Civil Veterinary Dept. Assam report 1911-1927 - 1911-1927
Year: 1911
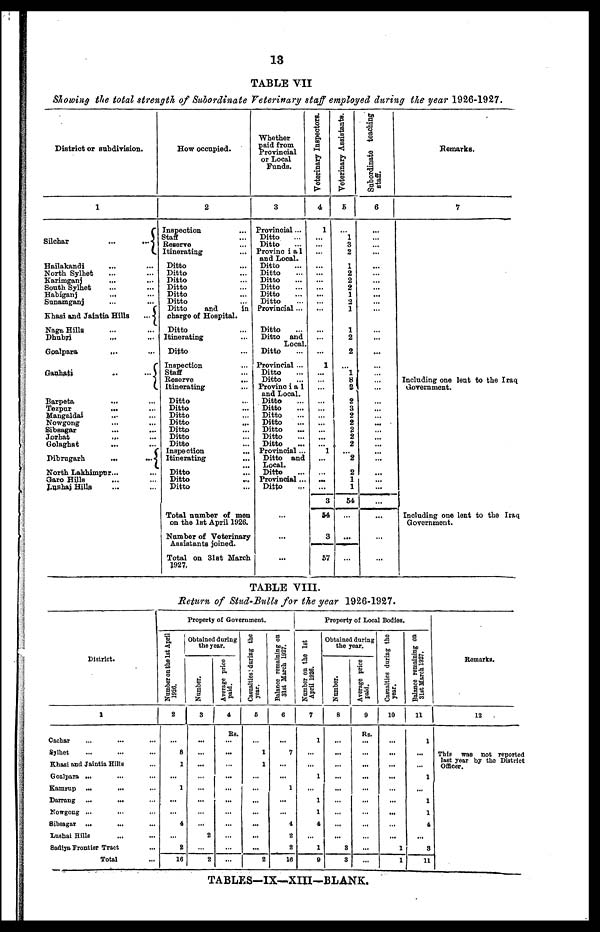
13
TABLE VII
Showing the total strength of Subordinate Veterinary staff employed during the year 1926-1927.
District or subdivision.
1
Silchar
...
...
Hailakandi … …
North Sylhet … …
Karimganj … …
South Sylhet … …
Habiganj
... …
Sanamganj … …
Khasi and Jaintia Hills
...
Naga Hills … …
Dhubri … …
Goalpara … …
Gauhati … …
Barpeta … …
Tezpur … …
Mangaldai … …
Nowgong … …
Sibsagar … …
Jorhat … …
Golaghat
... …
Dibrugarh
...
...
North Lakhimpur... …
Garo Hills … …
Lushai Hills … …
How occupied.
2
Inspecion …
Staff …
Reserve …
Itinerating …
Ditto …
Ditto …
Ditto …
Ditto …
Ditto …
Ditto …
Ditto
and
in
charge of Hospital.
Ditto …
Itinerating …
Ditto …
Inspection …
Staff …
Reserve
...
Itinerating …
Ditto …
Ditto …
Ditto …
Ditto …
Ditto …
Ditto …
Ditto …
Inspection …
Itinerating …
Ditto …
Ditto …
Ditto …
Total number of men
on the 1st April 1926.
Number of Veterinary
Assistants joined.
Total on 31st March
1927.
Whether
paid from
Provincial
or Local
Funds.
3
Provincial ...
Ditto …
Ditto …
Provincial
and Local.
Ditto …
Ditto …
Ditto …
Ditto …
Ditto …
Ditto …
Provincial...
Ditto …
Ditto and
Local.
Ditto …
Provincial ...
Ditto …
Ditto …
Provincial
and Local.
Ditto …
Ditto …
Ditto …
Ditto …
Ditto …
Ditto …
Ditto …
Provincial ...
Ditto and
Local.
Ditto …
Provincial...
Ditto …
...
...
...
Veterinary Inspectors.
4
1
...
... ...
...
…
...
...
…
...
...
...
...
1
...
...
...
…
…
...
...
...
...
... 1
...
...
...
...
3
54
3
57
Veterinary Assistants.
5
…
l
3
2
1
2
2
2
1
2
1
1
2
2
…
1
8
2
2
3
2
2
2
2
2
2
2
1
1
54
… …
...
...
Subordinate teaching
staff.
6
…
...
... ...
...
...
...
...
...
...
...
...
...
...
...
...
…
...
...
...
...
...
...
...
...
...
...
...
...
...
...
…
...
...
Remarks.
7
Including one lent to the Iraq
Government.
Including one lent to the Iraq
Government.
TABLE VIII.
Return of Stud-Bulls for the year 1926-1927.
District.
1
Cachar … …
Sylhet … … …
Khasi and Jaintia Hills …
Goalpara ... … …
Kamrup ...
... …
Darrang ...
... …
Nowgong ... … …
Sibsagar ... … …
Lushai Hills … … …
Sadiya Frontier Tract …
Total …
Property of Government.
Number on the 1st April
1926.
2
...
8
1
...
1
...
...
4
...
2
16
Obtained during
the year.
Number.
3
...
...
...
…
...
...
…
...
2
...
2
Average price
paid.
4
Rs.
…
...
...
...
...
...
...
...
...
...
...
Casualties: during the
year.
5
…
1
1
…
…
…
…
…
…
…
2
Balance remaining on
31st March 1927.
6
...
1
...
...
1
...
…
4
2
2
16
Property of Local Bodies.
Number on the 1st
April 1926.
7
1
...
...
1
...
1
1
4
...
1
9
Obtained during
the year.
Number.
8
…
...
…
…
...
…
…
…
…
8
3
Average price
paid.
9
Rs.
...
...
...
...
...
...
...
...
...
...
...
Casualties during the
year.
10
...
...
...
...
...
...
...
...
...
1
1
Balance remaining on
31st
March 1927.
11
1
...
...
1
...
1
1
4
...
3
11
Remarks.
12
This was not reported
last year by the District
Officer.
TABLES—IX—XIII—BLANK.